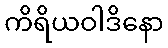
ကိရိယဝါဒိနော